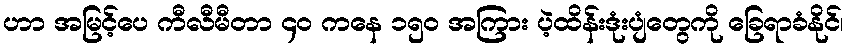
ဟာ အမြင့်ပေ ကီလီမီတာ ၄၀ ကနေ ၁၅၀ အကြား ပဲ့ထိန်းဒုံးပျံတွေကို ခြေရာခံနိုင်၊